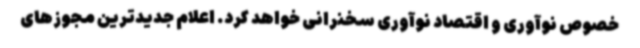
خصوص نوآوری و اقتصاد نوآوری سخنرانی خواهد کرد. اعلام جدیدترین مجوزهای